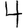
Digit: 4